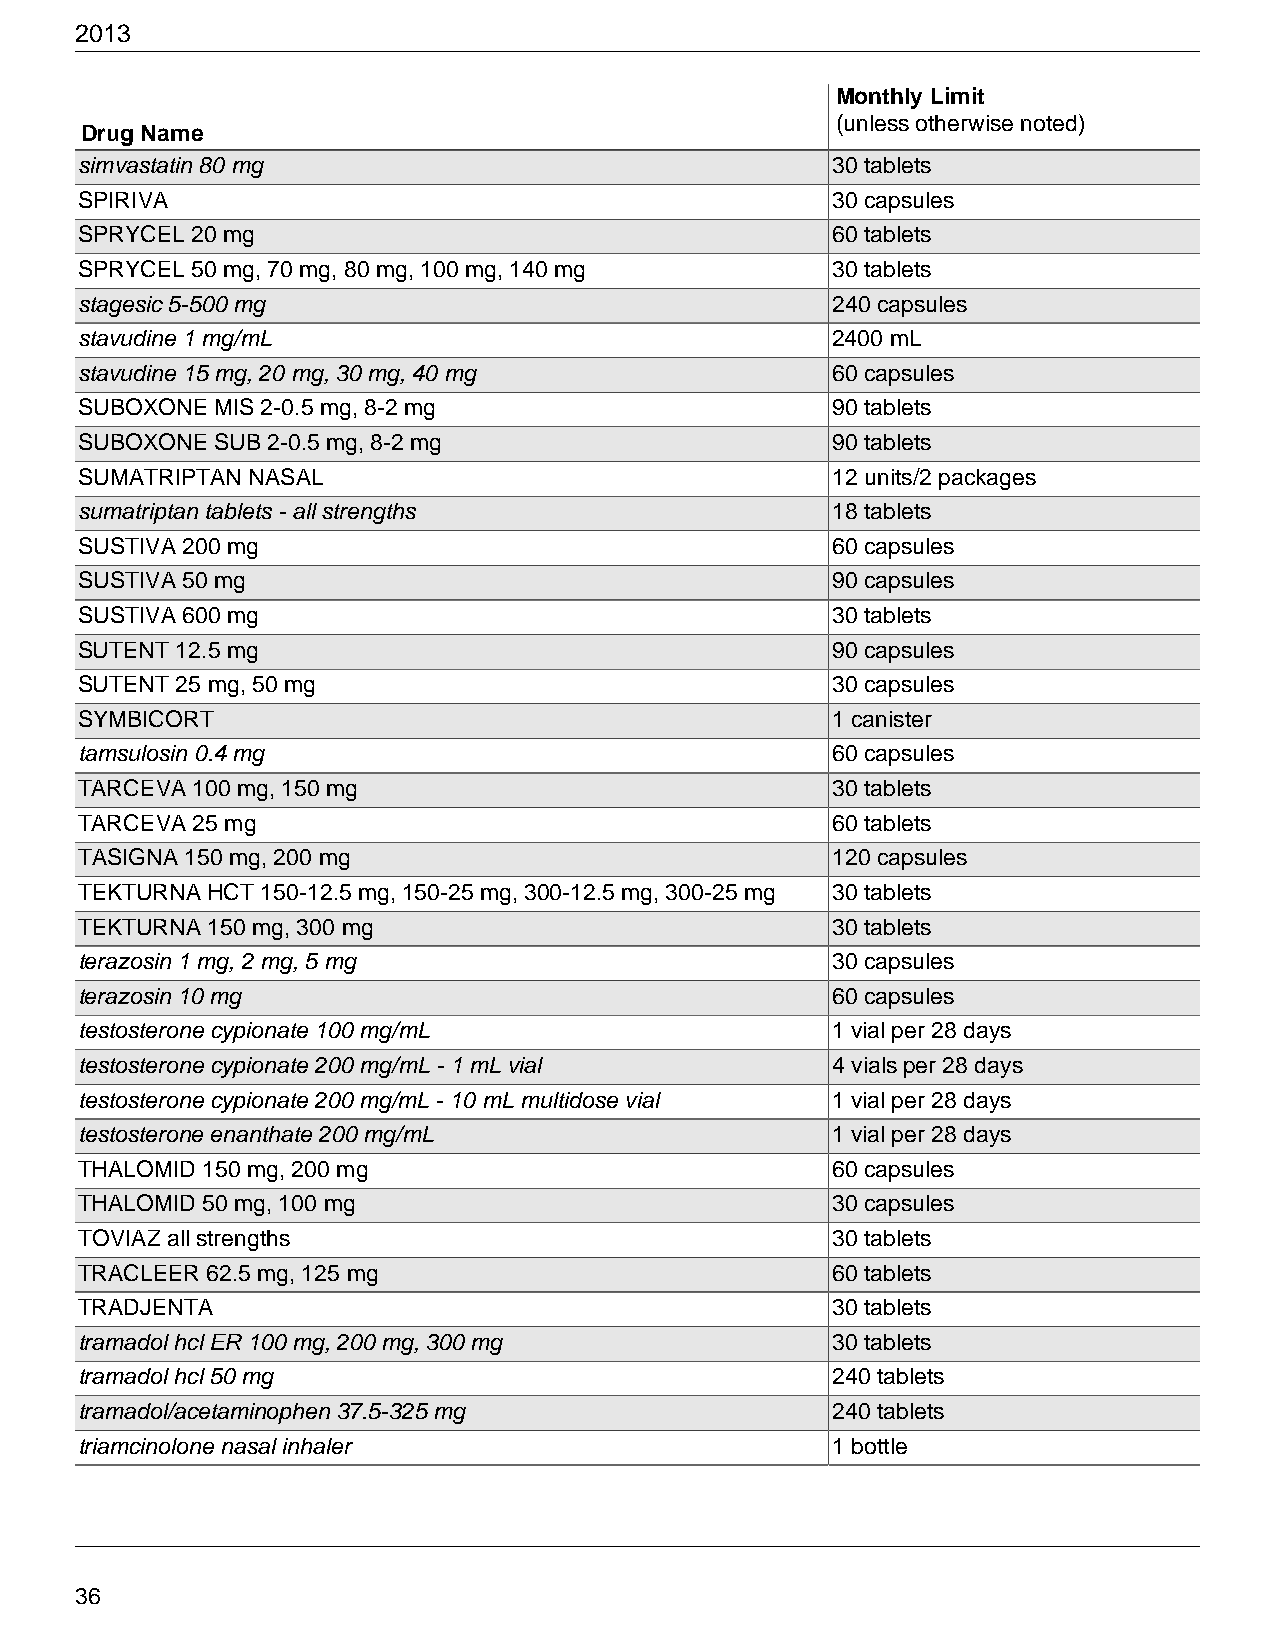
2013
 Monthly Limit
 (unless otherwise noted)
 Drug Name
 simvastatin 80 mg                                 30 tablets
 SPIRIVA                                           30 capsules
 SPRYCEL 20 mg                                     60 tablets
 SPRYCEL 50 mg, 70 mg, 80 mg, 100 mg, 140 mg       30 tablets
 stagesic 5-500 mg                                 240 capsules
 stavudine 1 mg/mL                                 2400 mL
 stavudine 15 mg, 20 mg, 30 mg, 40 mg              60 capsules
 SUBOXONE MIS 2-0.5 mg, 8-2 mg                     90 tablets
 SUBOXONE SUB 2-0.5 mg, 8-2 mg                     90 tablets
 SUMATRIPTAN NASAL                                 12 units/2 packages
 sumatriptan tablets - all strengths               18 tablets
 SUSTIVA 200 mg                                    60 capsules
 SUSTIVA 50 mg                                     90 capsules
 SUSTIVA 600 mg                                    30 tablets
 SUTENT 12.5 mg                                    90 capsules
 SUTENT 25 mg, 50 mg                               30 capsules
 SYMBICORT                                         1 canister
 tamsulosin 0.4 mg                                 60 capsules
 TARCEVA 100 mg, 150 mg                            30 tablets
 TARCEVA 25 mg                                     60 tablets
 TASIGNA 150 mg, 200 mg                            120 capsules
 TEKTURNA HCT 150-12.5 mg, 150-25 mg, 300-12.5 mg, 300-25 mg 30 tablets
 TEKTURNA 150 mg, 300 mg                           30 tablets
 terazosin 1 mg, 2 mg, 5 mg                        30 capsules
 terazosin 10 mg                                   60 capsules
 testosterone cypionate 100 mg/mL                  1 vial per 28 days
 testosterone cypionate 200 mg/mL - 1 mL vial      4 vials per 28 days
 testosterone cypionate 200 mg/mL - 10 mL multidose vial 1 vial per 28 days
 testosterone enanthate 200 mg/mL                  1 vial per 28 days
 THALOMID 150 mg, 200 mg                           60 capsules
 THALOMID 50 mg, 100 mg                            30 capsules
 TOVIAZ all strengths                              30 tablets
 TRACLEER 62.5 mg, 125 mg                          60 tablets
 TRADJENTA                                         30 tablets
 tramadol hcl ER 100 mg, 200 mg, 300 mg            30 tablets
 tramadol hcl 50 mg                                240 tablets
 tramadol/acetaminophen 37.5-325 mg                240 tablets
 triamcinolone nasal inhaler                       1 bottle
 36